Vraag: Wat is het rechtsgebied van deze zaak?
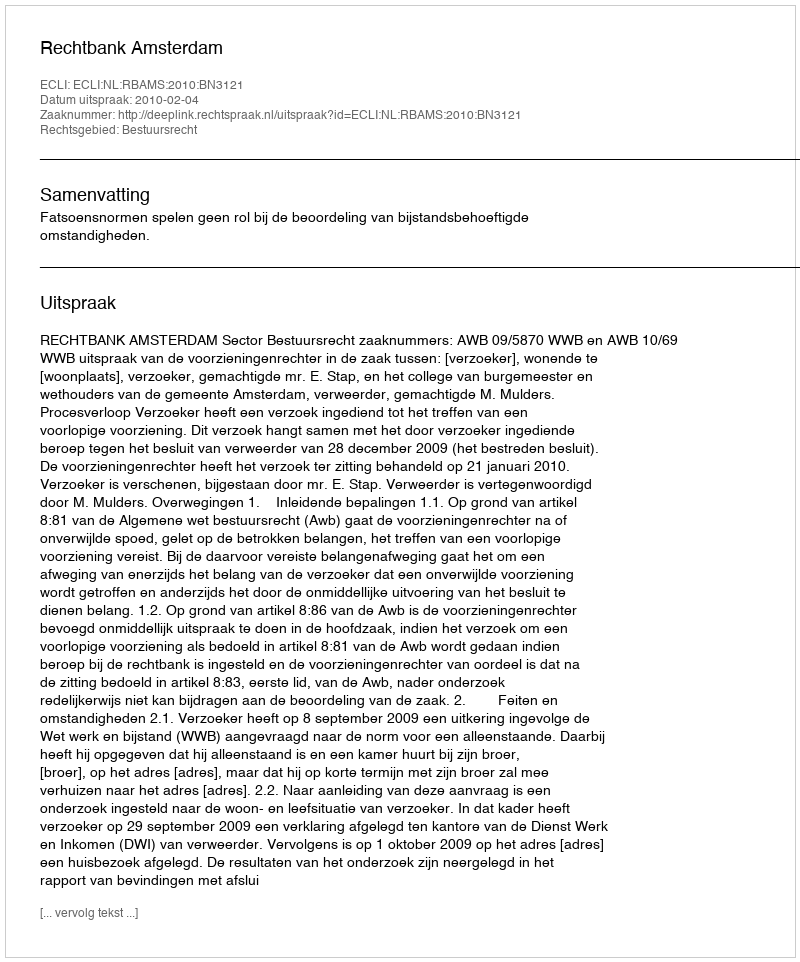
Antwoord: Bestuursrecht